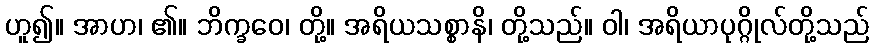
ဟူ၍။ အာဟ၊ ၏။ ဘိက္ခဝေ၊ တို့။ အရိယသစ္စာနိ၊ တို့သည်။ ဝါ၊ အရိယာပုဂ္ဂိုလ်တို့သည်